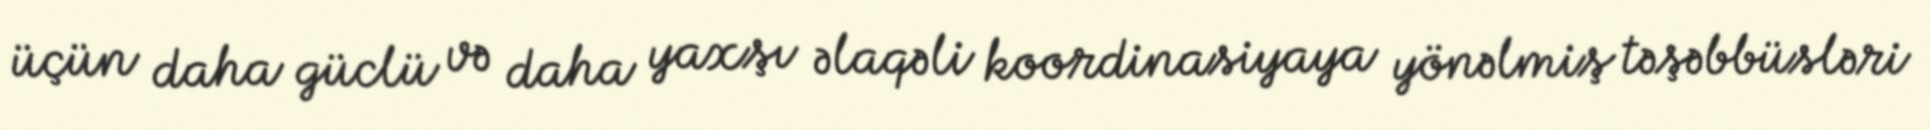
üçün daha güclü və daha yaxşı əlaqəli koordinasiyaya yönəlmiş təşəbbüsləri